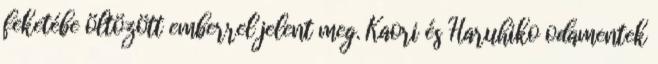
feketébe öltözött emberrel jelent meg. Kaori és Haruhiko odamentek